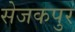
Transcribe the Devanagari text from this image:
सेजकपुर